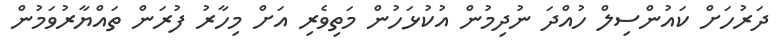
ދަރުހަށް ކައުންސިލް ހުއްދަ ނުދިމުން އުކުޅަހުން މަތިވެރި އަށް މިހާރު ފުރަން ތައްޔާރުވަމުން